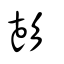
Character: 彭